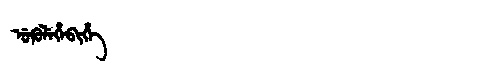
Manchu: ᡠᡴᡠᠯᡝᡥᡝᠪᡳᡥᡝ
Romanization: UKULEHEBIHE